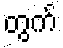
တွက်